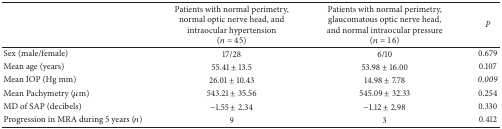
<table><thead><tr><td><b> </b></td><td><b>Patients with normal perimetry, normal optic nerve head, and intraocular hypertension (<i>n</i> = 45)</b></td><td><b>Patients with normal perimetry, glaucomatous optic nerve head, and normal intraocular pressure (<i>n</i> = 16)</b></td><td><b><i>P </i></b></td></tr></thead><tbody><tr><td>Sex (male/female)</td><td>17/28</td><td>6/10</td><td>0.679</td></tr><tr><td>Mean age (years)</td><td>55.41 ± 13.5</td><td>53.98 ± 16.00</td><td>0.107</td></tr><tr><td>Mean IOP (Hg mm)</td><td>26.01 ± 10.43</td><td>14.98 ± 7.78</td><td><i>0.009 </i></td></tr><tr><td>Mean Pachymetry (<i>μ</i>m)</td><td>543.21 ± 35.56</td><td>545.09 ± 32.33</td><td>0.254</td></tr><tr><td>MD of SAP (decibels)</td><td>−1.55 ± 2.34</td><td>−1.12 ± 2.98</td><td>0.330</td></tr><tr><td>Progression in MRA during 5 years (<i>n</i>)</td><td>9</td><td>3</td><td>0.412</td></tr></tbody></table>